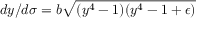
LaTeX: d y / d \sigma = b \sqrt { ( y ^ { 4 } - 1 ) ( y ^ { 4 } - 1 + \epsilon ) }